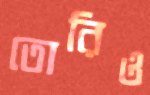
তোরিও